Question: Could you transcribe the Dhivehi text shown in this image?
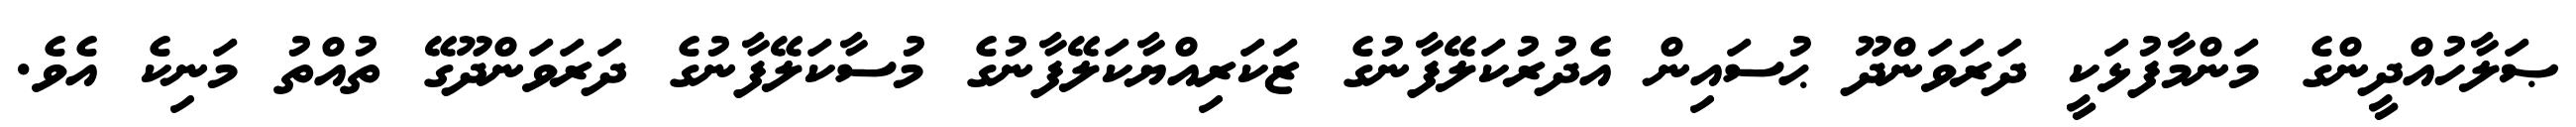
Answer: ޞަލާހުއްދީންގެ މަންމާފުޅަކީ ދަރަވަންދޫ ޙުސައިން އެދުރުކަލޭފާނުގެ ޒަކަރިއްޔާކަލޭފާނުގެ މުސާކަލޭފާނުގެ ދަރަވަންދޫގޭ ތުއްތު މަނިކެ އެވެ.